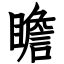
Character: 瞻